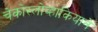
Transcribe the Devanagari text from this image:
चेकोस्लोव्हाकियाने